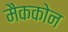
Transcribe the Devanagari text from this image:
मैककोन